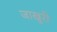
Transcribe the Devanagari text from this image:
जाखुरी